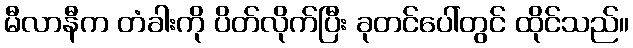
မီလာနီက တံခါးကို ပိတ်လိုက်ပြီး ခုတင်ပေါ်တွင် ထိုင်သည်။